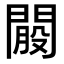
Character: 𨵐